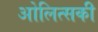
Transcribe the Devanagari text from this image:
ओलित्सकी